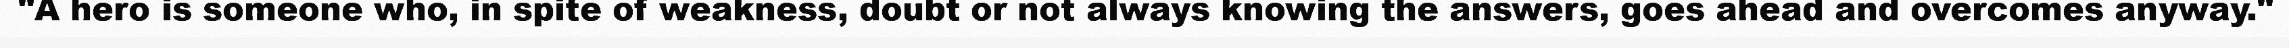
"A hero is someone who, in spite of weakness, doubt or not always knowing the answers, goes ahead and overcomes anyway."